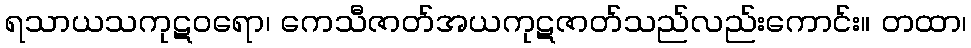
ရသာယသကုဋဝရော၊ ကေသီဇာတ်အယကုဋဇာတ်သည်လည်းကောင်း။ တထာ၊